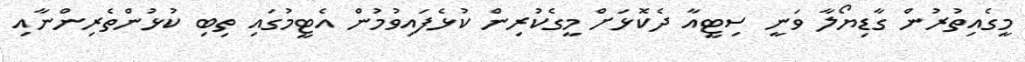
މީގެއިތުރުން ގާޑިޔޯލާ ވަނީ ސިޓީއާ ދެކޮޅަށް މީގެކުރިން ކުޅެފައިވުމުން އެޓީމުގައި ތިބި ކުޅުންތެރިންނާއި